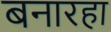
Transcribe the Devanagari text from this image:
बनारहा